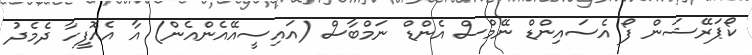
ކޯޕަރޭޝަން ފޯ އެސައިންޑް ނޭމްސް އެންޑް ނަމްބާސް (އައިސީއޭއެންއެން) އާ އެއޮފީހާ ދެމެދު